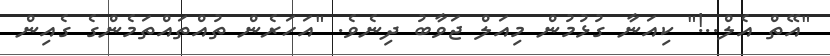
"އޭތް އެލް..!" ކިއަނާ ގުޅުމުން މިއަލް ޖަވާބު ދިނެވެ. "އަހަރެން ތުއްތައްތަމެންގެ ގެއިން